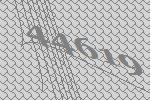
44619